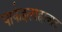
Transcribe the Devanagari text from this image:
पार्कइलाहाबाद